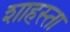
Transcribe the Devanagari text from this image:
शाहस्ता